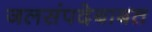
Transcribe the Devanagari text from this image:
जलसंपदेबाबत